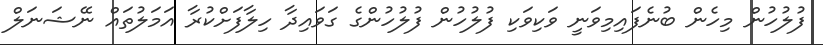
ފުލުހުން މިހެން ބުނެފައިމިވަނީ ވަކިވަކި ފުލުހުން ފުލުހުންގެ ގަވައިދާ ހިލާފަށްކުރާ އަމަލުތައް ނޭޝަނަލް